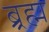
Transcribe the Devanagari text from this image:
ब्र्रह्म